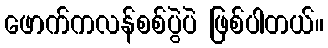
ဖောက်ကလန်စစ်ပွဲပဲ ဖြစ်ပါတယ်။